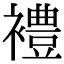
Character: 𫌓